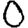
Digit: 0